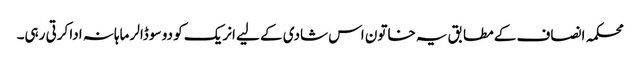
محکمہ انصاف کے مطابق یہ خاتون اس شادی کے لیے انریک کو دو سو ڈالر ماہانہ ادا کرتی رہی۔